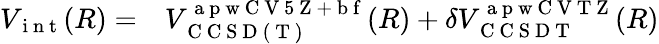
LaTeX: \begin{array}{rl}{V_{\mathrm{~i~n~t~}}(R)=}&{{}V_{\mathrm{~C~C~S~D~(~T~)~}}^{\mathrm{~a~p~w~C~V~5~Z~+~b~f~}}(R)+\delta V_{\mathrm{~C~C~S~D~T~}}^{\mathrm{~a~p~w~C~V~T~Z~}}(R)}\end{array}